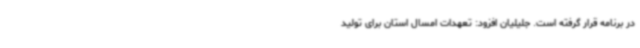
در برنامه قرار گرفته است. جلیلیان افزود: تعهدات امسال استان برای تولید